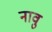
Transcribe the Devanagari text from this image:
नावु